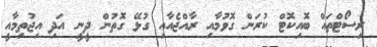
ރިސޯޓްތައް ބޮއިކޮޓް ކުރަން ގޮވުމާއި ރާއްޖެއާއި ގުޅޭ ގޮތުން ދީނީ އަދި އިޖުތިމާއީ